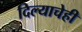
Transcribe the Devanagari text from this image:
दिल्याचेही